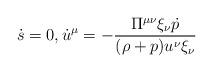
LaTeX: \begin{align*} \dot{s}=0,\dot{u}^\mu=-\frac{\Pi^{\mu\nu}\xi_\nu\dot{p}}{(\rho+p)u^\nu\xi_\nu}\end{align*}